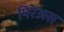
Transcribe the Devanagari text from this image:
पिरेअस